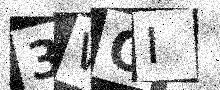
Text: 3WOI